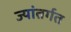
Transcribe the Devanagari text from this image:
ज्यांतर्गत